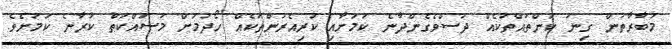
މުބާރާތުން ގިނަ ކަންތައްތަކެއް ދަސްވެގެންދާނެ ކަމަށާއި ކުރިއެރުންތަކެއް ހޯދުމަށް މަސައްކަތް ކުރާނެ ކަމަށެވެ.